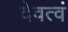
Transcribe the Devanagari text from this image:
देवत्वं